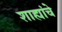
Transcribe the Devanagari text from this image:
शाह्यांचे